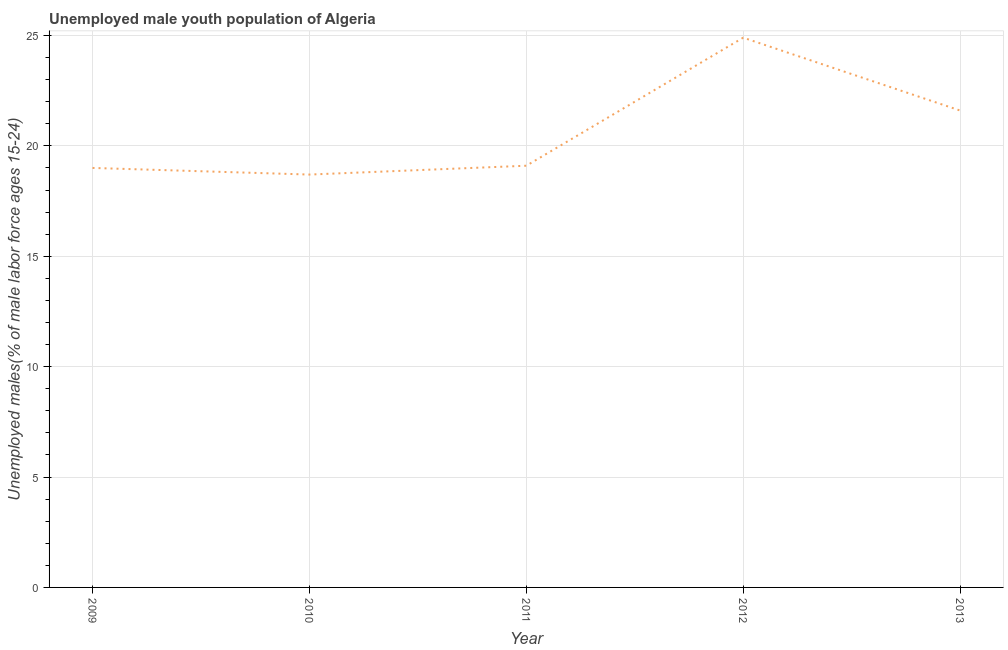
| Year | Unemployment youth male |
 | --- | --- |
 | 2009 | 19 |
 | 2010 | 18.7 |
 | 2011 | 19.1 |
 | 2012 | 24.9 |
 | 2013 | 21.6 |